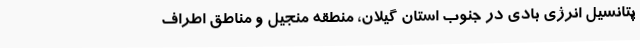
پتانسیل انرژی بادی در جنوب استان گیلان، منطقه منجیل و مناطق اطراف